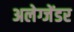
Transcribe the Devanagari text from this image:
अलेग्जेंडर